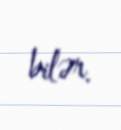
bilər.